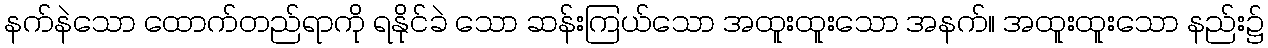
နက်နဲသော ထောက်တည်ရာကို ရနိုင်ခဲ သော ဆန်းကြယ်သော အထူးထူးသော အနက်။ အထူးထူးသော နည်း၌